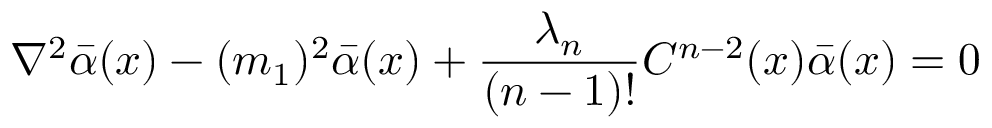
\nabla ^ { 2 } \bar { \alpha } ( x ) - ( m _ { 1 } ) ^ { 2 } \bar { \alpha } ( x ) + \frac { \lambda _ { n } } { ( n - 1 ) ! } C ^ { n - 2 } ( x ) \bar { \alpha } ( x ) = 0